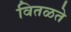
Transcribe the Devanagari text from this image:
वितळते